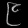
Digit: ၉